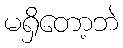
မရှိတော့ဘဲ